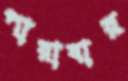
পারাবার